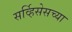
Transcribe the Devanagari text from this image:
सर्व्हिसेसच्या